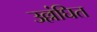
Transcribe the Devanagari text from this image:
उल्लंघित